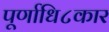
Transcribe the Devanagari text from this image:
पूर्णाधि८कार